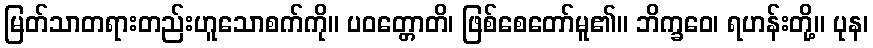
မြတ်သာတရားတည်းဟူသောစက်ကို။ ပဝတ္တောတိ၊ ဖြစ်စေတော်မူ၏။ ဘိက္ခဝေ၊ ရဟန်းတို့။ ပုန၊